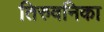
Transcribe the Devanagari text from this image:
तिरुवनिका